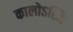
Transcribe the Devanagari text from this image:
कालोऽस्मि